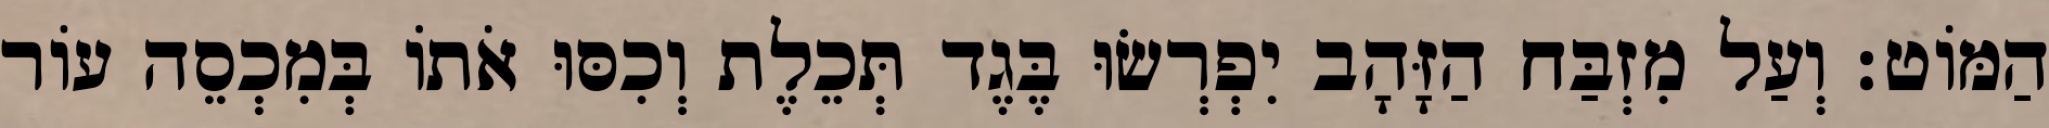
הַמּוֹט׃ וְעַל מִזְבַּח הַזָּהָב יִפְרְשׂוּ בֶּגֶד תְּכֵלֶת וְכִסּוּ אֹתוֹ בְּמִכְסֵה עוֹר